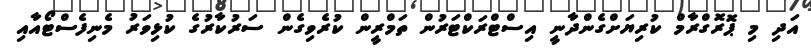
އަދި މި ޕޮރޮގްރާމް ކުރިޔަށްގެންދާނީ އިސްޓްރަކްޓަރުން ތަމްރީން ކުރެވިގެން ސަރުކާރުގެ ކުޅިވަރު މެނިފެސްޓޯއާއި